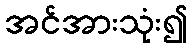
အင်အားသုံး၍